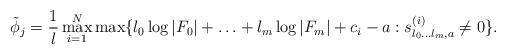
LaTeX: \begin{align*}\tilde{\phi}_j= \frac{1}{l} \max_{i=1}^N \max\{ l_0\log |F_0|+\ldots +l_m\log |F_m| +c_i-a : s^{(i)}_{l_0\ldots l_m,a}\neq 0 \}.\end{align*}